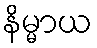
နိမ္မာယ